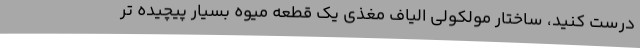
درست کنید، ساختار مولکولی الیاف مغذی یک قطعه میوه بسیار پیچیده تر